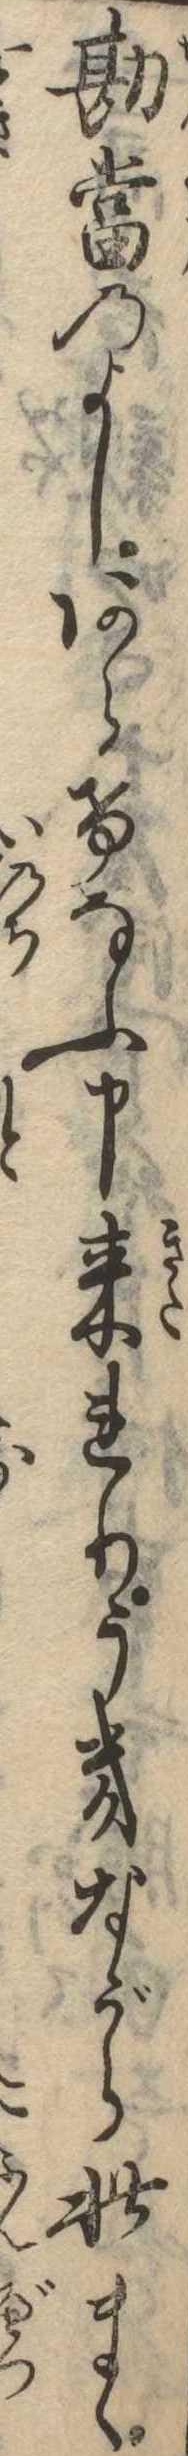
勘当のよしあらけなふ申来れりうきながら此まゝ